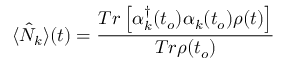
\langle \hat { N } _ { k } \rangle ( t ) = \frac { T r \left[ \alpha _ { k } ^ { \dagger } ( t _ { o } ) \alpha _ { k } ( t _ { o } ) \rho ( t ) \right] } { T r \rho ( t _ { o } ) }